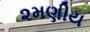
૨મણીય